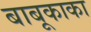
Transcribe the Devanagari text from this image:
बाबूकाका